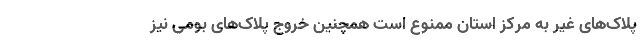
پلاک‌های غیر به مرکز استان‌ ممنوع است همچنین خروج پلاک‌های بومی نیز